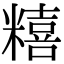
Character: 糦